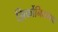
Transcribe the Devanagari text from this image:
झिर्कोनियमचा